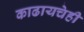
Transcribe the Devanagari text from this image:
काढायचेही